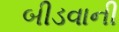
બીડવાની